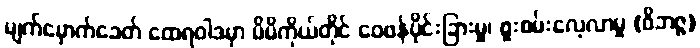
မျက်မှောက်ခေတ် ထေရဝါဒမှာ မိမိကိုယ်တိုင် ဝေဖန်ပိုင်းခြားမှု၊ စူးစမ်းလေ့လာမှု (ဝိဘဇ္ဇ)